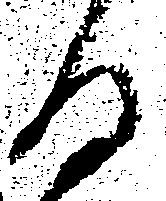
る